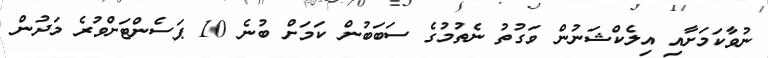
ނުވާކަމަށާއި އިލެކްޝަނުން ވަގުތު ނެތުމުގެ ސަބަބުން ކަމަށް ބުނެ 10 ޕަސެންޓަށްވުރެ މަދުން